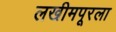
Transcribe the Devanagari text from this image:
लखीमपूरला